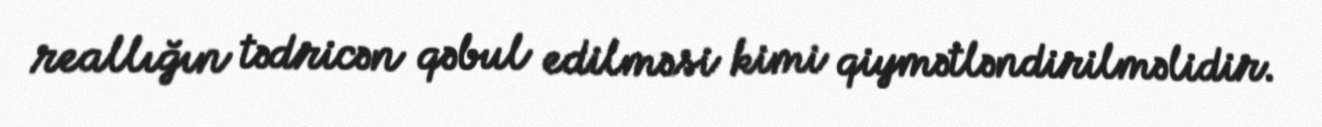
reallığın tədricən qəbul edilməsi kimi qiymətləndirilməlidir.